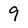
Character: 9